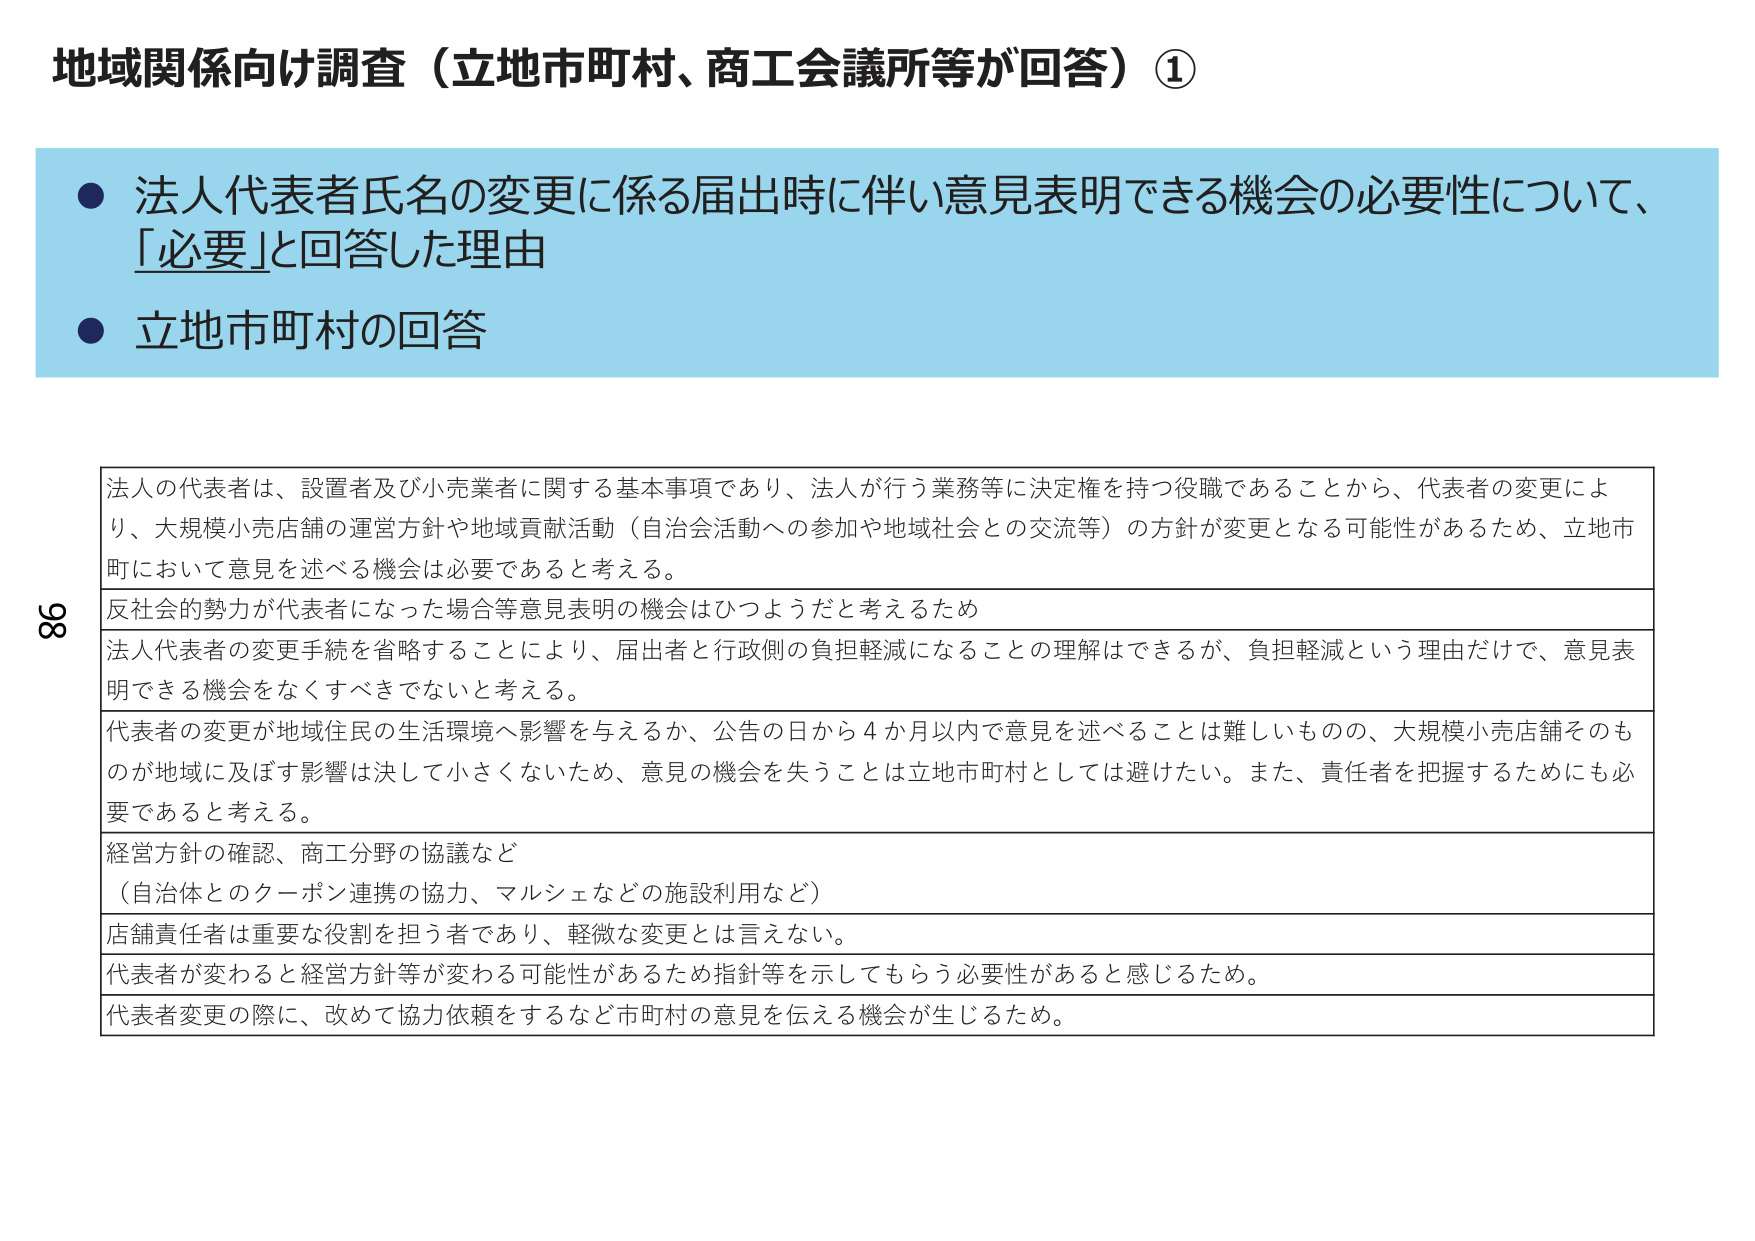
地域関係向け調査（立地市町村、商工会議所等が回答）①

● 法人代表者氏名の変更に係る届出時に伴い意見表明できる機会の必要性について、「必要」と回答した理由
● 立地市町村の回答

法人の代表者は、設置者及び小売業者に関する基本事項であり、法人が行う業務等に決定権を持つ役職であることから、代表者の変更により、大規模小売店舗の運営方針や地域貢献活動（自治会活動への参加や地域社会との交流等）の方針が変更となる可能性があるため、立地市町において意見を述べる機会は必要であると考える。

反社会的勢力が代表者になった場合等意見表明の機会はひつようだと考えるため

法人代表者の変更手続を省略することにより、届出者と行政側の負担軽減になることの理解はできるが、負担軽減という理由だけで、意見表明できる機会をなくすべきではないと考える。

代表者の変更が地域住民の生活環境へ影響を与えるか、公告の日から4か月以内で意見を述べることは難しいものの、大規模小売店舗そのものが地域に及ぼす影響は決して小さくないため、意見の機会を失うことは立地市町村としては避けたい。また、責任者を把握するためにも必要であると考える。

経営方針の確認、商工分野の協議など
（自治体とのクーポン連携の協力、マルシェなどの施設利用など）

店舗責任者は重要な役割を担う者であり、軽微な変更とは言えない。

代表者が変わると経営方針等が変わる可能性があるため指針等を示してもらう必要性があると感じるため。

代表者変更の際に、改めて協力依頼をするなど市町村の意見を伝える機会が生じるため。

98